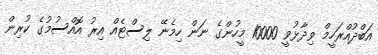
އަބްދުއްރަހީމް ވިދާޅުވީ 10000 މީހުންގެ ނަން ހިމެނޭ ލިސްޓެއް އިރު އޮއްސުމުގެ ކުރިން